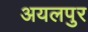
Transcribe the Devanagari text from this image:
अयलपुर